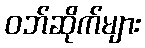
ဝဘ်ဆိုက်များ